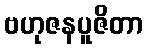
ဗဟုဇနပူဇိတာ